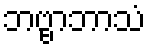
ဘဗ္ဗာဘာသံ